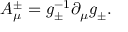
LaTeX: A _ { \mu } ^ { \pm } = g _ { \pm } ^ { - 1 } \partial _ { \mu } g _ { \pm } .